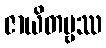
ဇာယိတဗ္ဗဿ